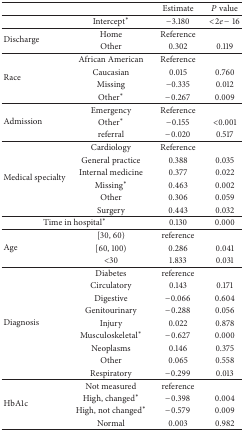
<table><thead><tr><td><b> </b></td><td><b> </b></td><td><b>Estimate</b></td><td><b><i>P</i> value</b></td></tr></thead><tbody><tr><td> </td><td>Intercept*</td><td>−3.180</td><td>&lt;2<i>e</i> − 16</td></tr><tr><td rowspan="2">Discharge</td><td>Home</td><td>Reference</td><td> </td></tr><tr><td>Other</td><td>0.302</td><td>0.119</td></tr><tr><td rowspan="4">Race</td><td>African American</td><td>Reference</td><td> </td></tr><tr><td>Caucasian</td><td>0.015</td><td>0.760</td></tr><tr><td>Missing</td><td>−0.335</td><td>0.012</td></tr><tr><td>Other*</td><td>−0.267</td><td>0.009</td></tr><tr><td rowspan="3">Admission</td><td>Emergency</td><td>Reference</td><td> </td></tr><tr><td>Other*</td><td>−0.155</td><td>&lt;0.001</td></tr><tr><td>referral</td><td>−0.020</td><td>0.517</td></tr><tr><td rowspan="6">Medical specialty</td><td>Cardiology</td><td>Reference</td><td> </td></tr><tr><td>General practice</td><td>0.388</td><td>0.035</td></tr><tr><td>Internal medicine</td><td>0.377</td><td>0.022</td></tr><tr><td>Missing*</td><td>0.463</td><td>0.002</td></tr><tr><td>Other</td><td>0.306</td><td>0.059</td></tr><tr><td>Surgery</td><td>0.443</td><td>0.032</td></tr><tr><td colspan="2">Time in hospital*</td><td>0.130</td><td>0.000</td></tr><tr><td rowspan="3">Age</td><td>[30, 60)</td><td>reference</td><td> </td></tr><tr><td>[60, 100)</td><td>0.286</td><td>0.041</td></tr><tr><td>&lt;30</td><td>1.833</td><td>0.031</td></tr><tr><td rowspan="9">Diagnosis</td><td>Diabetes</td><td>reference</td><td> </td></tr><tr><td>Circulatory</td><td>0.143</td><td>0.171</td></tr><tr><td>Digestive</td><td>−0.066</td><td>0.604</td></tr><tr><td>Genitourinary</td><td>−0.288</td><td>0.056</td></tr><tr><td>Injury</td><td>0.022</td><td>0.878</td></tr><tr><td>Musculoskeletal*</td><td>−0.627</td><td>0.000</td></tr><tr><td>Neoplasms</td><td>0.146</td><td>0.375</td></tr><tr><td>Other</td><td>0.065</td><td>0.558</td></tr><tr><td>Respiratory</td><td>−0.299</td><td>0.013</td></tr><tr><td rowspan="4">HbA1c</td><td>Not measured</td><td>reference</td><td> </td></tr><tr><td>High, changed*</td><td>−0.398</td><td>0.004</td></tr><tr><td>High, not changed*</td><td>−0.579</td><td>0.009</td></tr><tr><td>Normal</td><td>0.003</td><td>0.982</td></tr></tbody></table>